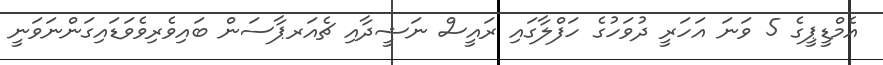
އެމްޑީޕީގެ 5 ވަނަ އަހަރީ ދުވަހުގެ ހަފްލާގައި ރައީސް ނަޝީދާއި ޗެއަރޕާސަން ބައިވެރިވެވަޑައިގަންނަވަނީ